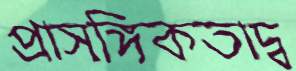
প্রাসঙ্গিকতাদ্ব